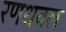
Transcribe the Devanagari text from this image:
रणधवल